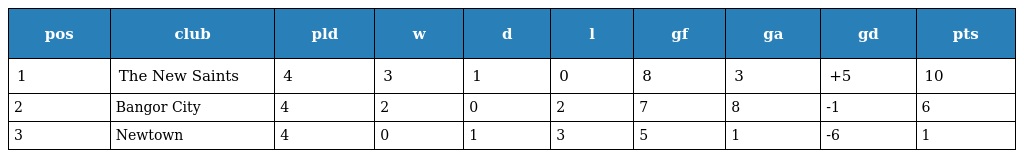
| pos | club | pld | w | d | l | gf | ga | gd | pts |
 | --- | --- | --- | --- | --- | --- | --- | --- | --- | --- |
 | 1 | The New Saints | 4 | 3 | 1 | 0 | 8 | 3 | +5 | 10 |
 | 2 | Bangor City | 4 | 2 | 0 | 2 | 7 | 8 | -1 | 6 |
 | 3 | Newtown | 4 | 0 | 1 | 3 | 5 | 1 | -6 | 1 |